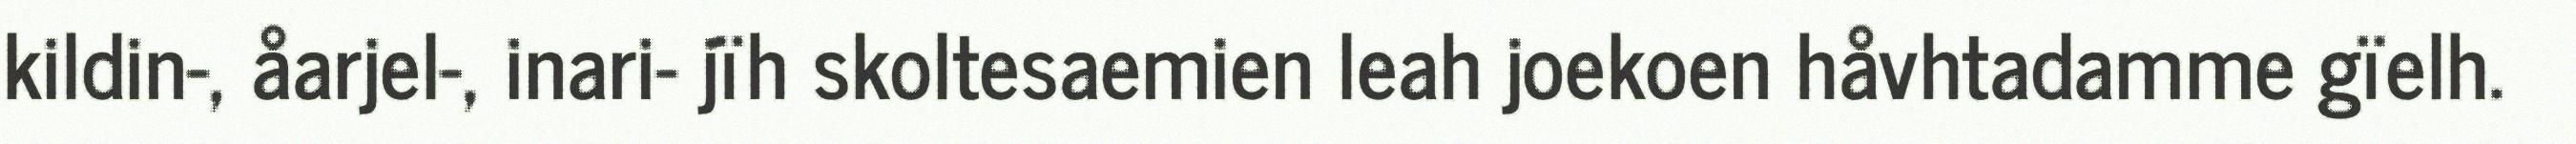
kildin-, åarjel-, inari- jïh skoltesaemien leah joekoen håvhtadamme gïelh.